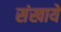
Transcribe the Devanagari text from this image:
संखायें